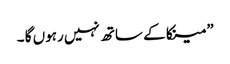
” مینکا کے ساتھ نہیں رہوں گا ۔